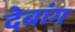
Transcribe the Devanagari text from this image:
देबांग